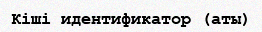
Кіші идентификатор (аты)